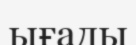
ығады